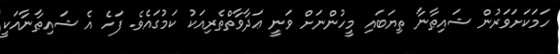
ހަމަކަށަވަރުން ޝައިޠާނާ ތިޔަބައި މީހުންނަށް ވަނީ ޢަދާވާތްތެރިއަކު ކަމުގައެވެ. ފަހެ އެ ޝައިޠާނާއަކީ